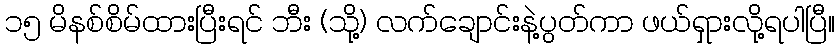
၁၅ မိနစ်စိမ်ထားပြီးရင် ဘီး (သို့) လက်ချောင်းနဲ့ပွတ်ကာ ဖယ်ရှားလို့ရပါပြီ။